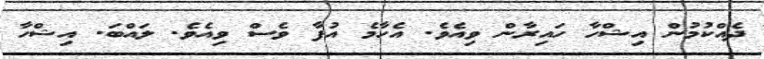
ދެއްކުމުން އިޝްހާ ހައިރާން ވިއެވެ. އެހާމެ އުފާ ވެސް ވިއެވެ. ލައްބަ. އިޝްހާ